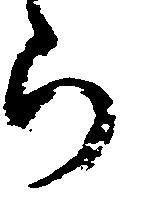
ら